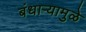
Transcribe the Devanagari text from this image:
बंधाऱ्यामुळे